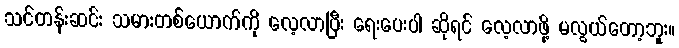
သင်တန်းဆင်း သမားတစ်ယောက်ကို လေ့လာပြီး ရေးပေးပါ ဆိုရင် လေ့လာဖို့ မလွယ်တော့ဘူး။